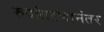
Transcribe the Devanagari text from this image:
रुपांतरणानंतर